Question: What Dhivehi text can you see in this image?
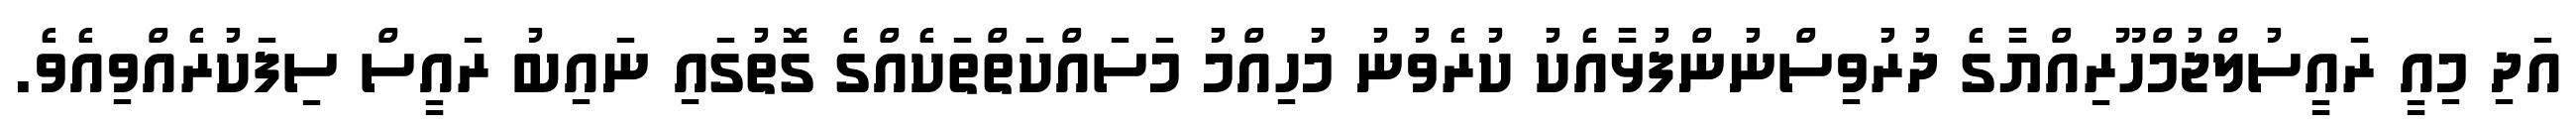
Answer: އަދި މިއީ ރައީސުލްޖުމްހޫރިއްޔާގެ ދުރުވިސްނުންފުޅާއެކު ކުރެވުނު މުހިއްމު މަސައްކަތްތަކެއްގެ ގޮތުގައި ނައިބު ރައީސް ސިފަކުރެއްވިއެވެ.